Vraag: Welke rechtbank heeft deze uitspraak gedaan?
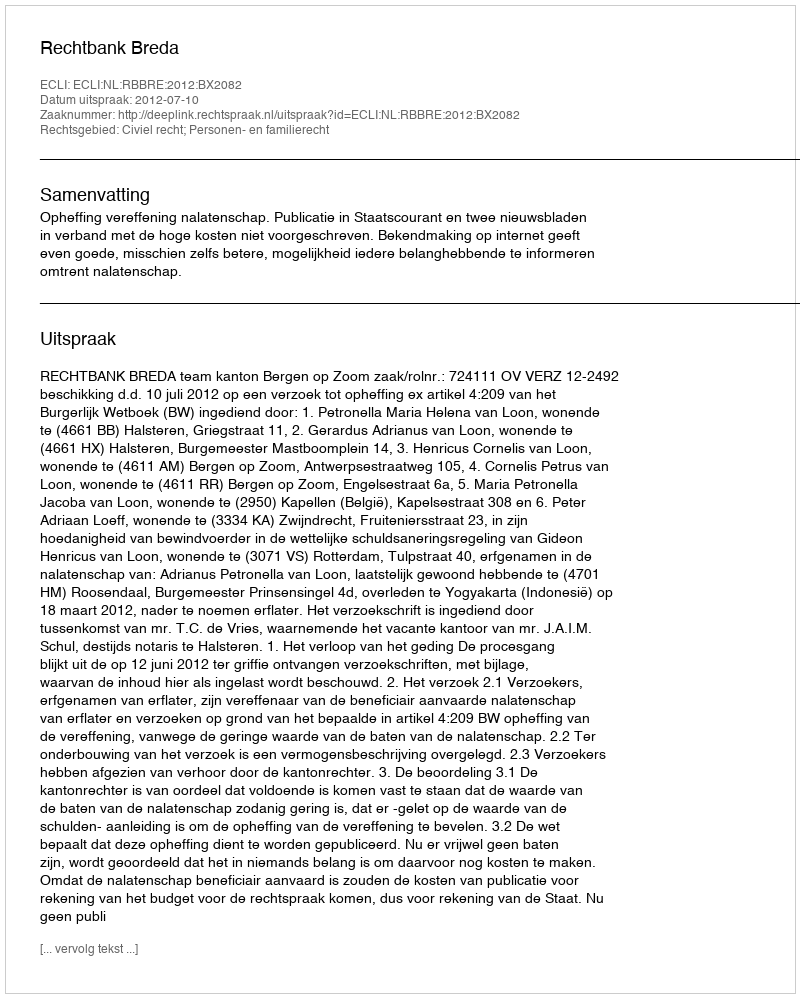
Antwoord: Rechtbank Breda